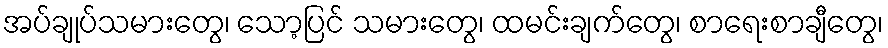
အပ်ချုပ်သမားတွေ၊ သော့ပြင် သမားတွေ၊ ထမင်းချက်တွေ၊ စာရေးစာချီတွေ၊